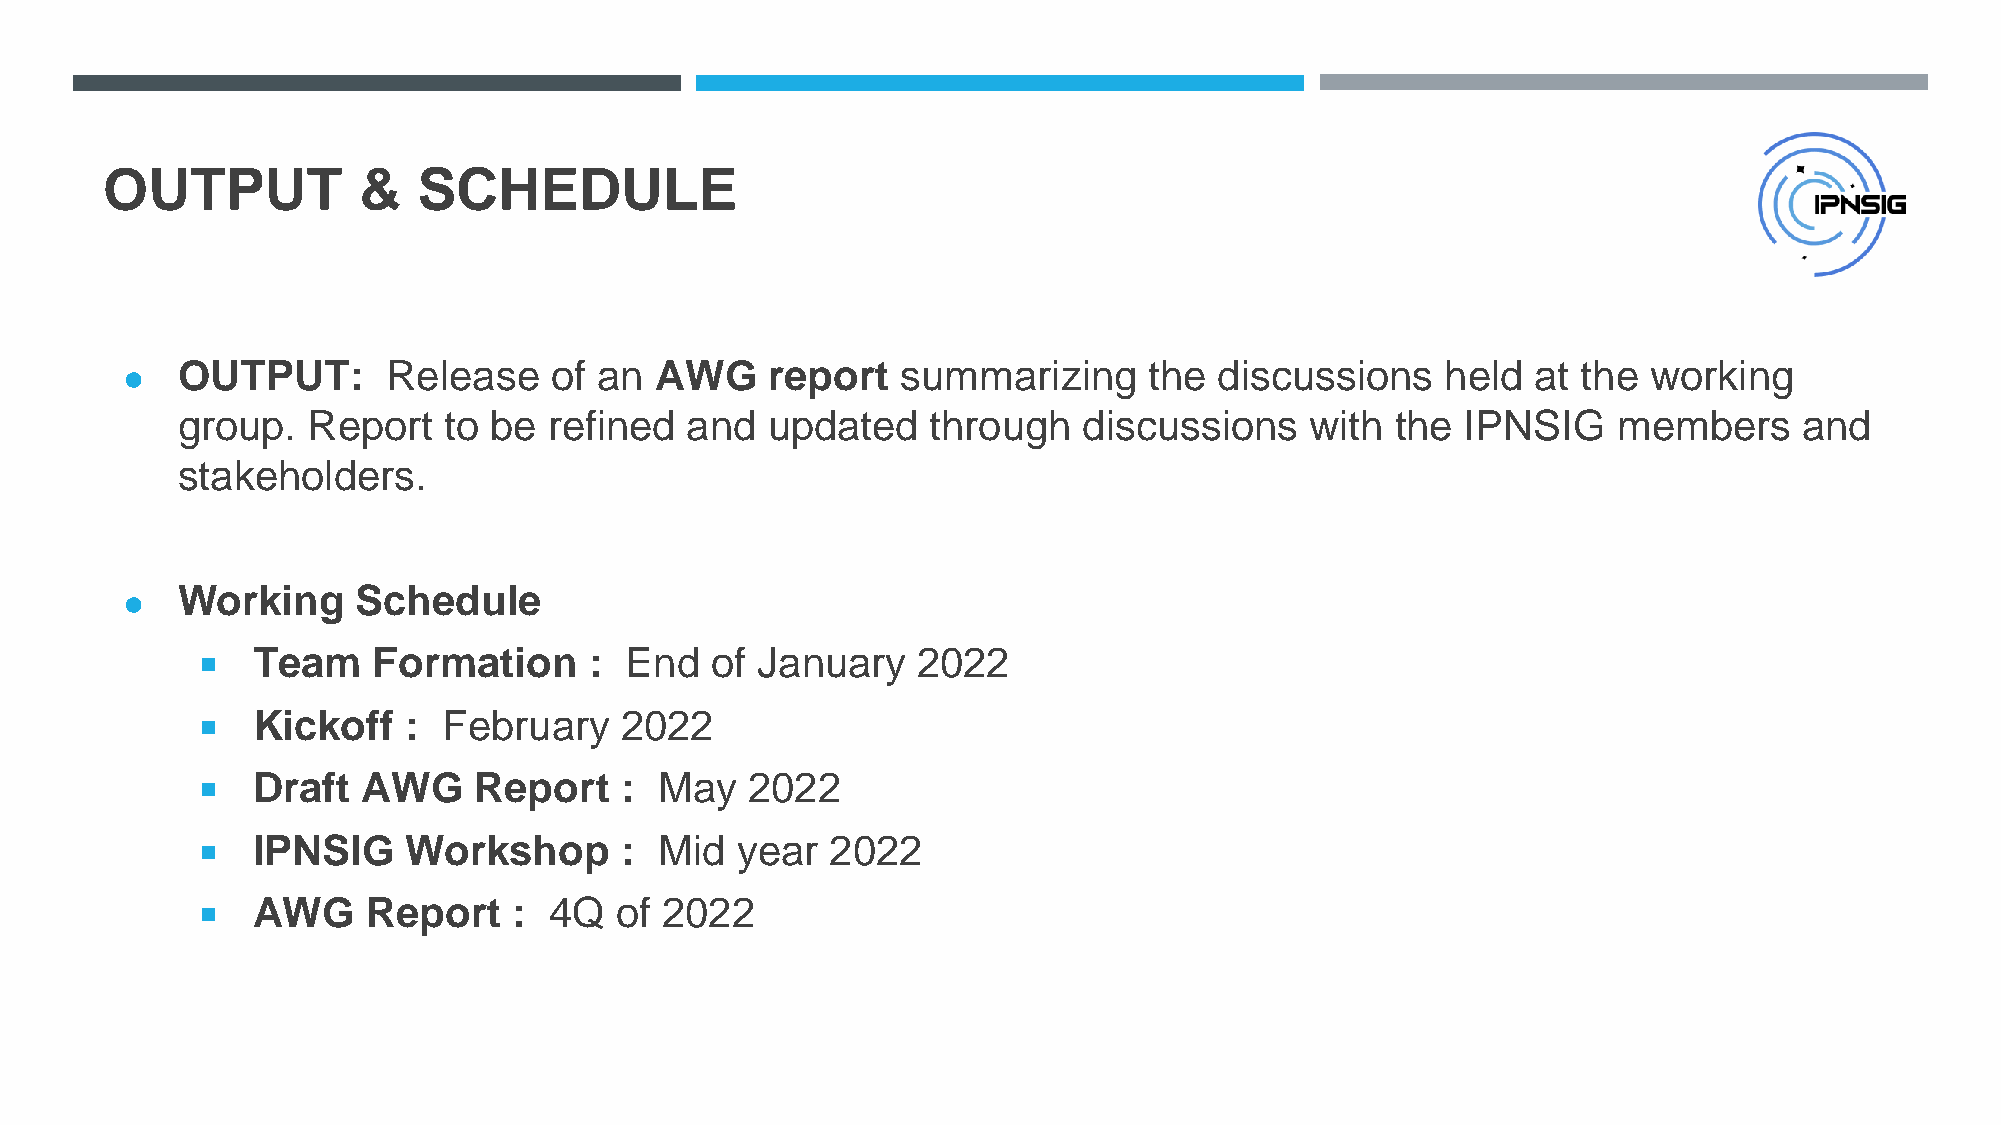
OUTPUT           &   SCHEDULE
 OUTPUT:       Release   of  an AWG     report   summarizing     the  discussions    held  at the working
 ●
 group.  Report   to be  refined  and   updated    through   discussions    with the  IPNSIG    members     and
 stakeholders.
 Working     Schedule
 ●
 ◾   Team    Formation     : End   of January    2022
 ◾   Kickoff   : February    2022
 ◾   Draft  AWG    Report    :  May  2022
 ◾   IPNSIG    Workshop      :  Mid  year  2022
 ◾   AWG    Report    : 4Q   of 2022